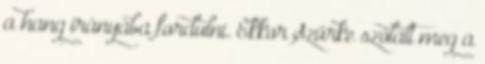
a hang irányába fordulni. Ekkor Szürke szólalt meg a